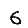
Digit: 6